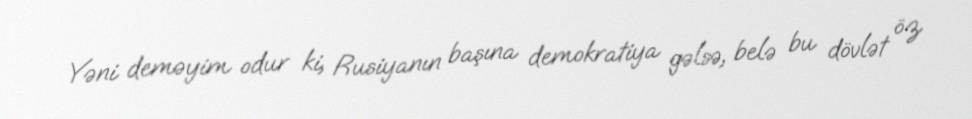
Yəni deməyim odur ki, Rusiyanın başına demokratiya gəlsə, belə bu dövlət öz